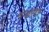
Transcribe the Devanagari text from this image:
नोन्फ्लोविङ्